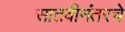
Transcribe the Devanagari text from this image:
सातवीनंतरचे